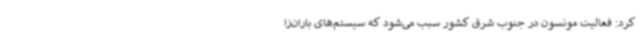
کرد: فعالیت مونسون در جنوب شرق کشور سبب می‌شود که سیستم‌های باران‌زا